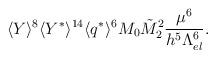
LaTeX: \begin{align*}\langle Y \rangle^8 \langle Y^*\rangle^{14} \langle q^*\rangle^{6} M_0 \tilde{M}_2^2\frac{\mu^{6}}{h^{5}\Lambda_{el}^{6}}.\end{align*}